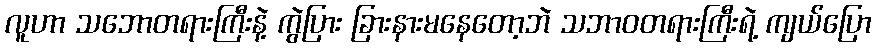
လူဟာ သဘောတရားကြီးနဲ့ ကွဲပြား ခြားနားမနေတော့ဘဲ သဘာဝတရားကြီးရဲ့ ကျယ်ပြော